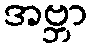
အဗ္ဘာ